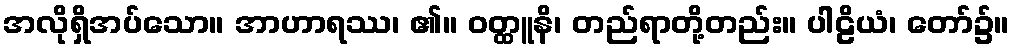
အလိုရှိအပ်သော။ အာဟာရဿ၊ ၏။ ဝတ္ထူနိ၊ တည်ရာတို့တည်း။ ပါဠိယံ၊ တော်၌။